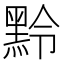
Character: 𪐸